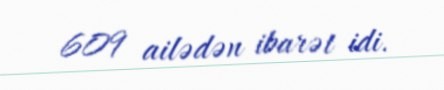
609 ailədən ibarət idi.